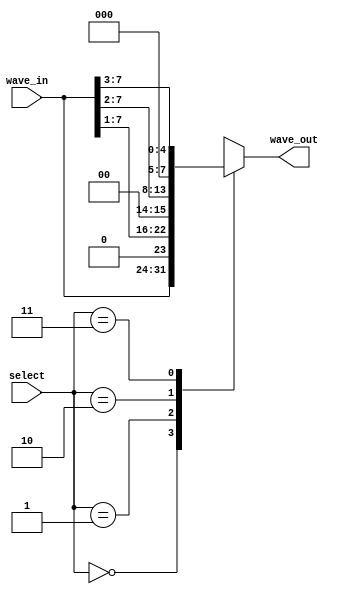
module AmpSelector (
    input [7:0] wave_in,
    input [1:0] select,
    output reg [7:0] wave_out
);

always begin
    case (select)
        0: wave_out = wave_in;
        1: wave_out = {1'b0,wave_in[7:1]};
        2: wave_out = {2'b0,wave_in[7:2]};
        3: wave_out = {3'b0,wave_in[7:3]};
        default: wave_out = wave_in;
    endcase
end
    
endmodule